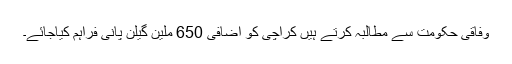
وفاقی حکومت سے مطالبہ کرتے ہیں کراچی کو اضافی 650 ملین گیلن پانی فراہم کیاجائے۔